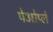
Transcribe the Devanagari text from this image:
पेओप्ले